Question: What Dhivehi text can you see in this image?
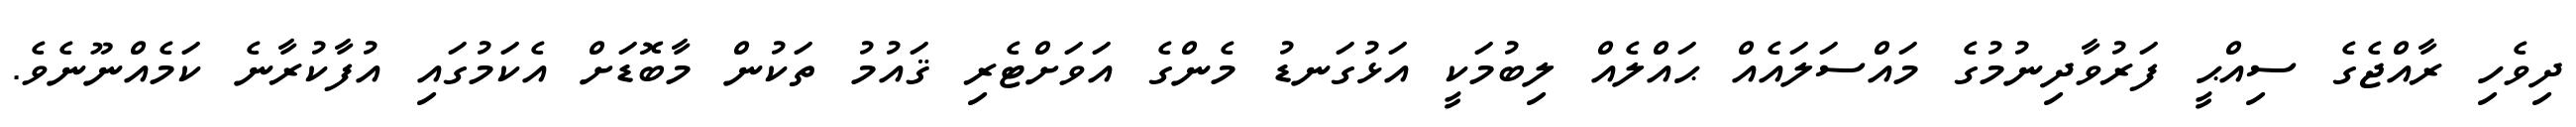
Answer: ދިވެހި ރާއްޖެގެ ސިއްޙީ ފަރުވާދިނުމުގެ މައްސަލައެއް ޙައްލެއް ލިބުމަކީ އަޅުގަނޑު މެންގެ އަވަށްޓެރި ޤައުމު ތަކުން މާބޮޑަށް އެކަމުގައި އުފާކުރާނެ ކަމެއްނޫނެވެ.